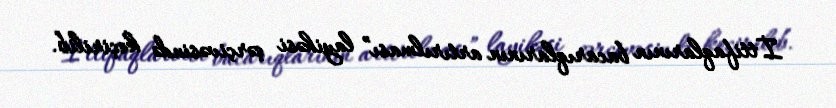
İttifaqlarının bacarıqlarının artırılması” layihəsi çərçivəsində keçirilib.